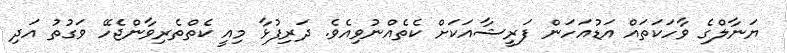
ޔަނާލްގެ ވާހަކަތައް އަޑުއަހަން ފަރީޝާއަކަށް ކެތެއްނުވިއެވެ. ދަރިފުޅާ މިއީ ކެތްތެރިވާންޖެހޭ ވަގުތު އަދި